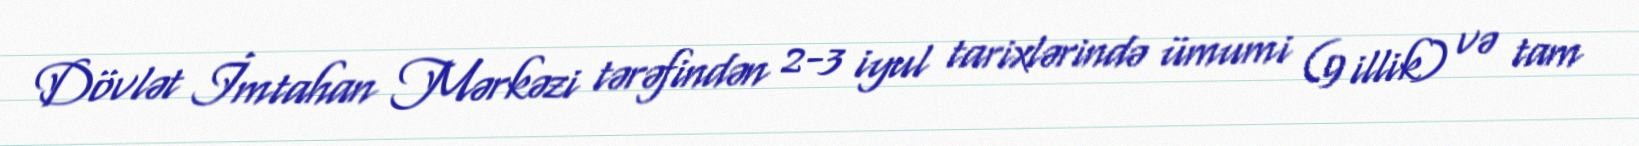
Dövlət İmtahan Mərkəzi tərəfindən 2-3 iyul tarixlərində ümumi (9 illik) və tam